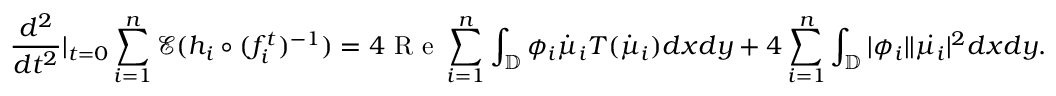
\frac { d ^ { 2 } } { d t ^ { 2 } } | _ { t = 0 } \sum _ { i = 1 } ^ { n } \mathcal { E } ( h _ { i } \circ ( f _ { i } ^ { t } ) ^ { - 1 } ) = 4 \textrm { R e } \sum _ { i = 1 } ^ { n } \int _ { \mathbb { D } } \phi _ { i } \dot { \mu } _ { i } T ( \dot { \mu } _ { i } ) d x d y + 4 \sum _ { i = 1 } ^ { n } \int _ { \mathbb { D } } | \phi _ { i } | | \dot { \mu _ { i } } | ^ { 2 } d x d y .